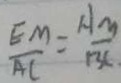
\frac { E M } { A C } = \frac { A M } { B C }